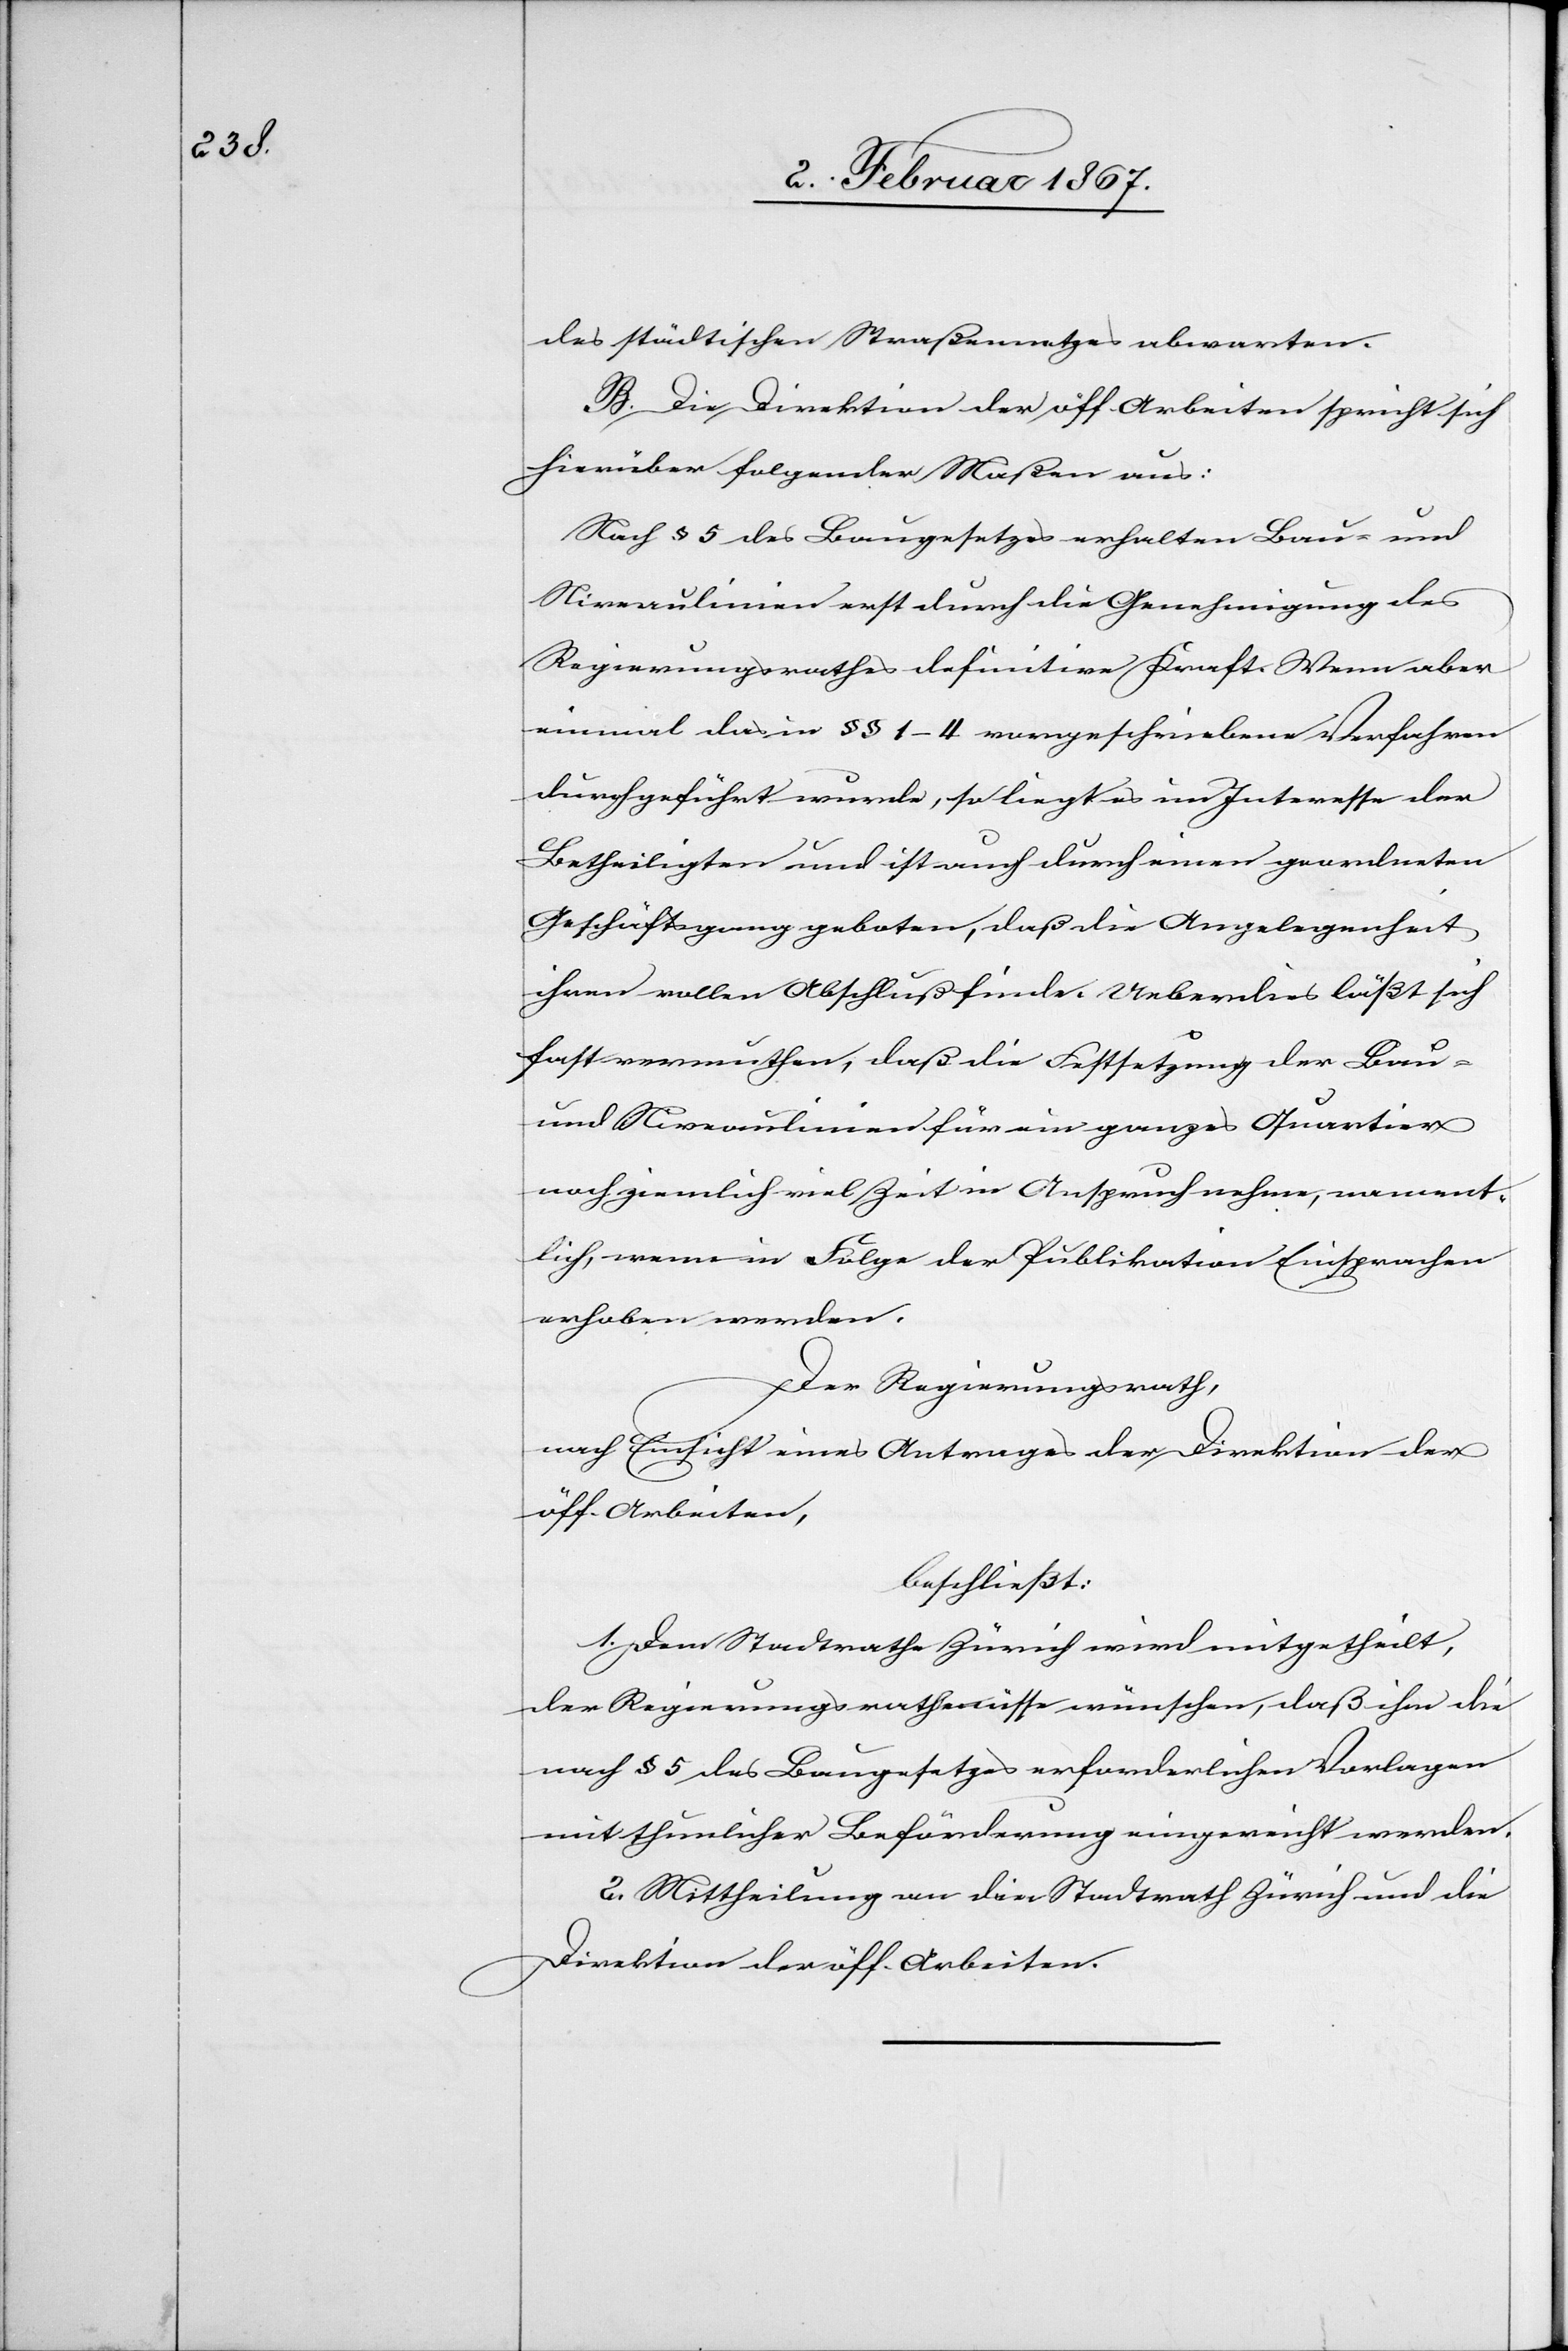
des städtischen Straßennetzes abwarten.
B. Die Direktion der öff. Arbeiten spricht sich
hierüber folgender Maßen aus:
Nach § 5 des Baugesetzes erhalten Bau- und
Niveaulinien erst durch die Genehmigung des
Regierungsrathes definitive Kraft. Wenn aber
einmal das in §§ 1–4 vorgeschriebenen Verfahren
durchgeführt wurde, so liegt es im Interesse der
Betheiligten und ist auch durch einen geordneten
Geschäftsgang geboten, daß die Angelegenheit
ihren vollen Abschluß finde. Ueberdies läßt sich
fast vermuthen, daß die Festsetzung der Bau-
und Niveaulinien für ein ganzes Quartier
noch ziemlich viel Zeit in Anspruch nehme, nament¬
lich, wenn in Folge der Publikation Einsprachen
erhoben werden.
Der Regierungsrath,
nach Einsicht eines Antrages der Direktion der
öff. Arbeiten,
beschließt:
1. Dem Stadtrathe Zürich wird mitgetheilt,
der Regierungsrath müsse wünschen, daß ihm die
nach § 5 des Baugesetzes erforderlichen Vorlagen
mit thunlicher Beförderung eingereicht werden.
Direktion der öff. Arbeiten.